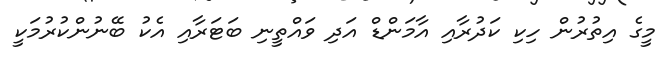
މީގެ އިތުރުން ހިކި ކަދުރާއި އާމަންޑް އަދި ވައްތީނި ބަޓަރާއި އެކު ބޭނުންކުރުމަކީ